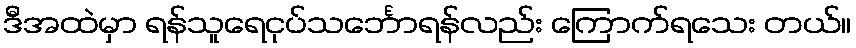
ဒီအထဲမှာ ရန်သူရေငုပ်သင်္ဘောရန်လည်း ကြောက်ရသေး တယ်။